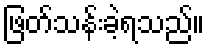
ဖြတ်သန်းခဲ့ရသည်။